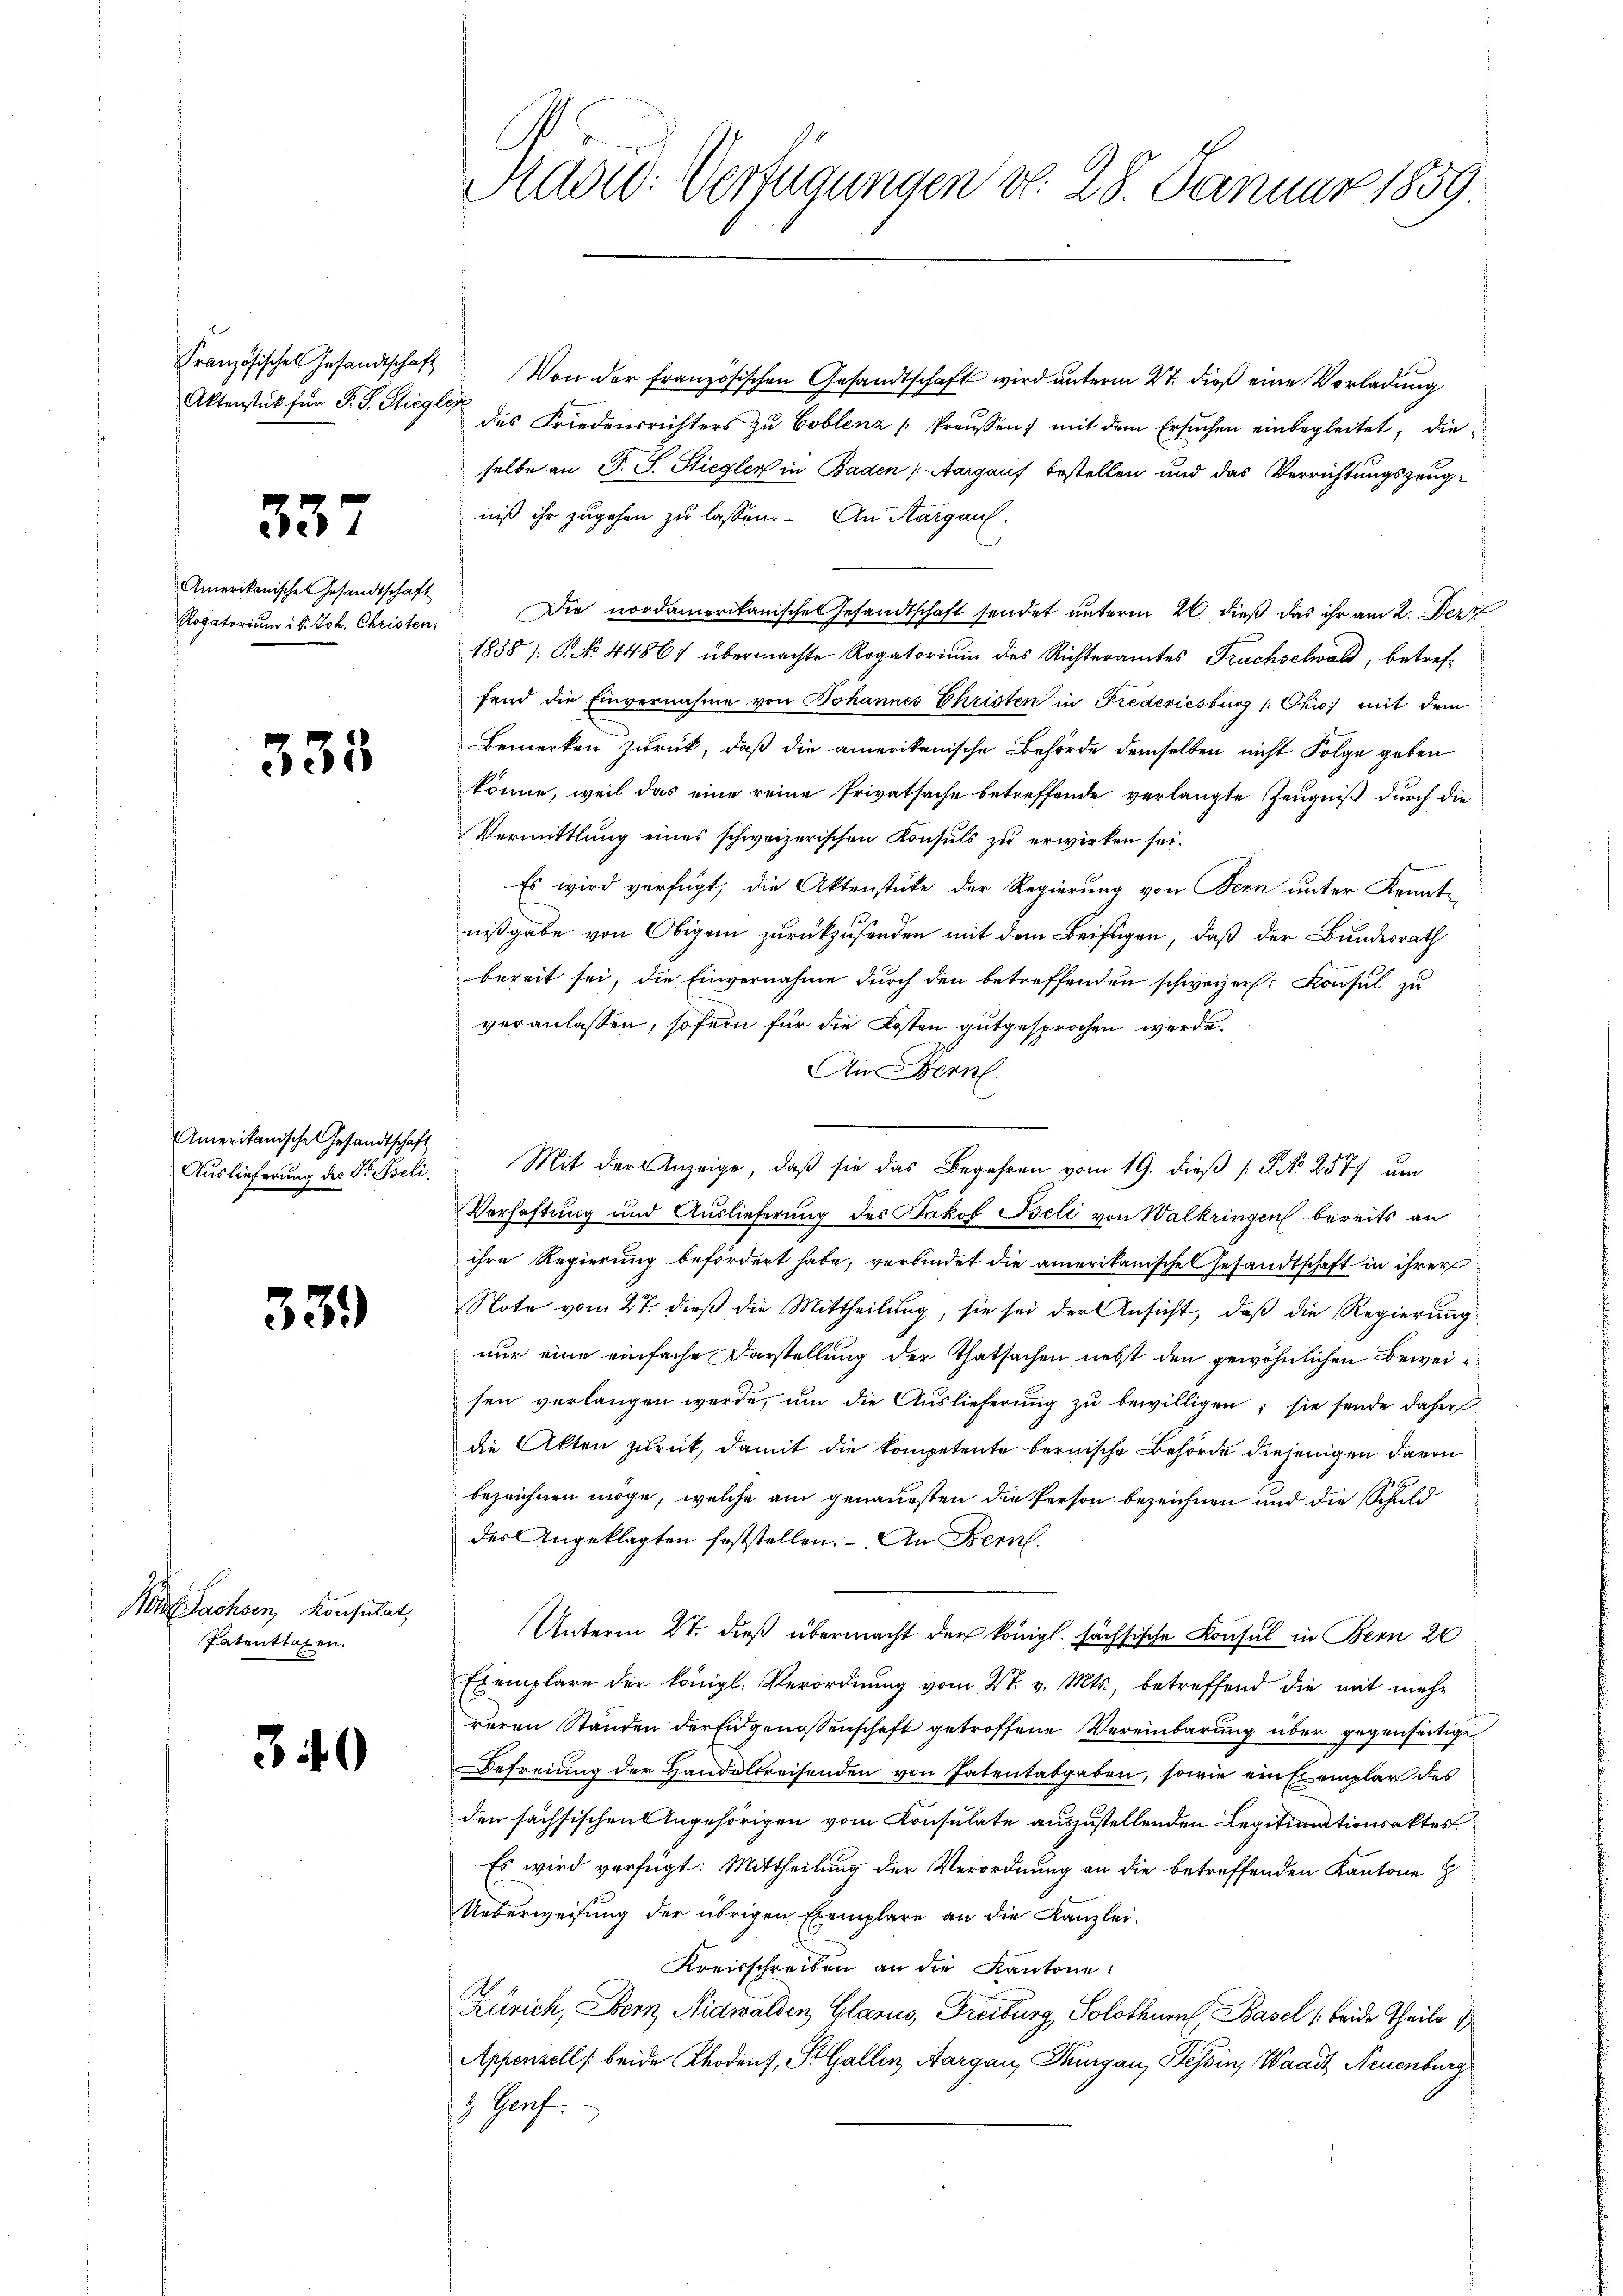
Aktenstück für F. J. Stiegler

337

Amerikanische Gesandtschaft
Rogatorium i S. Joh. Christen.

335

Amerikanische Gesandtschaft
Auslieferung des Dr. Peli.

339)

e Sachsen, Konsulat,
Patentsagen.

340

Adow: Verfügungen d. 28. Januar 1859.

Französisches Gesandtschaft Von der französischen Gesandtschaft wird ŭnterm 27. dieβ eine Vorladŭng
des Friedensrichters zŭ Coblenz Preussen; mit dem Ersuchen einbegleitet, dieselbe an F. J. Stiegler in Baden (Aargauf bestellen und das Verrichtungszeugniß ihr zugehen zu lassen. An Aargau.
Die nordamerikanische Gesandtschaft sendet unterm 26. dieß das ihr am 2. Dez
1858 /: P. No. 4486) übermachte Rogatorium des Richteramtes Frachselwald, betreffend die Einvernahme von Johannes Christen in Frederiesburg " Okis) mit dem
Bemerken zurück, daß die amerikanische Behörde demselben nicht Folge geben
könne, weil das eine reine Privatsache betreffende verlangte Zeugniß durch die
Vermittlung eines schweizerischen Konsuls zu erwirken sei.
Es wird verfügt, die Aktenstüke der Regierung von Bern unter Kenntnißgabe von Obigen zurückzusenden mit dem Beifügen, daß der Bundesrath
bereit sei, die Einvernahme durch den betreffenden schweizer. Konsul zu
veranlassen, sofern für die Kosten gutgesprochen werde.
An Fern
Mit der Anzeige, daß sie das Begehren vom 19. dieß [P No 2577 um
Verhaftung und Auslieferung des Jakob Beli von Walkringen bereits an
ihre Regierung befördert habe, verbindet die amerikanische Gesandtschaft in ihrer
Note vom 27. dieß die Mittheilung, sie sei der Ansicht, daß die Regierung
nur eine einfache Darstellung der Thatsachen nebst den gewöhnlichen Beweisen verlangen werde, um die Auslieferung zu bewilligen; sie sende daher
die Akten zurück, damit die kompetente bernische Behörde diejenigen davon
bezeichnen möge, welche am genauesten die Person bezeichnen und die Schuld
des Angeklagten feststellen. An Bern.
Unterm 27. dieß übermacht der königl. sächsische Konsul in Bern 20
Exemplare der königl. Verordnung vom 4t. v. Mts., betreffend die mit mehr
reren Standen der Eidgenossenschaft getroffene Vereinbarung über gegenseitige
Befreiung der Handelsreisenden von Patentabgaben, sowie ein Exemplar des
den sächsischen Angehörigen vom Konsulate auszustellenden Legitimationsaktes.
Es wird verfügt: Mittheilung der Verordnung an die betreffenden Kantone
Ueberweisung der übrigen Exemplare an die Kanzlei-
Kreisschreiben an die Kantone
Zürich, Bern, Nidwalden Glarus, Freiburg, Solothurn Basel (beide Theile d
Appenzell beide Rhodens, St. Gallen, Aargau, Thurgau, Tessin, Waadt, Neuenburg
. Prof.